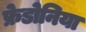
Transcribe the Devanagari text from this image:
फ्रेडोनिया